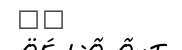
٣٧